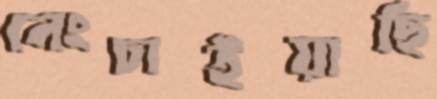
নেংচাইয়াছি